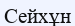
Сейхұн